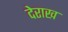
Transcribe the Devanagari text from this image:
देराख